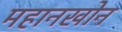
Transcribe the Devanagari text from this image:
महानखोन